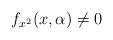
LaTeX: \begin{align*}{f_{x^{2}}}(x,\alpha)\not =0 \end{align*}